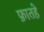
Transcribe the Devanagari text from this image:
फ़ातहे